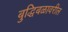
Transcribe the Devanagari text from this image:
बुद्धिबळावरील